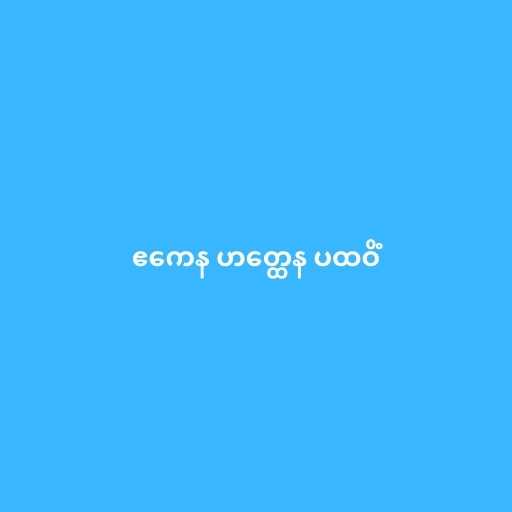
ဧကေန ဟတ္ထေန ပထဝိံ